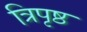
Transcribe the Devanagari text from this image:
त्रिपृष्ठ